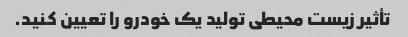
تأثیر زیست محیطی تولید یک خودرو را تعیین کنید.